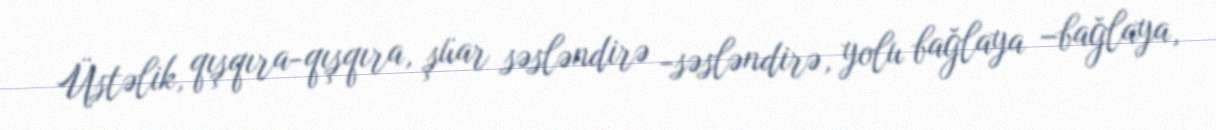
Üstəlik, qışqıra-qışqıra, şüar səsləndirə -səsləndirə, yolu bağlaya –bağlaya,